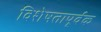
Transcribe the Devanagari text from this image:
विशेषतापूर्वक